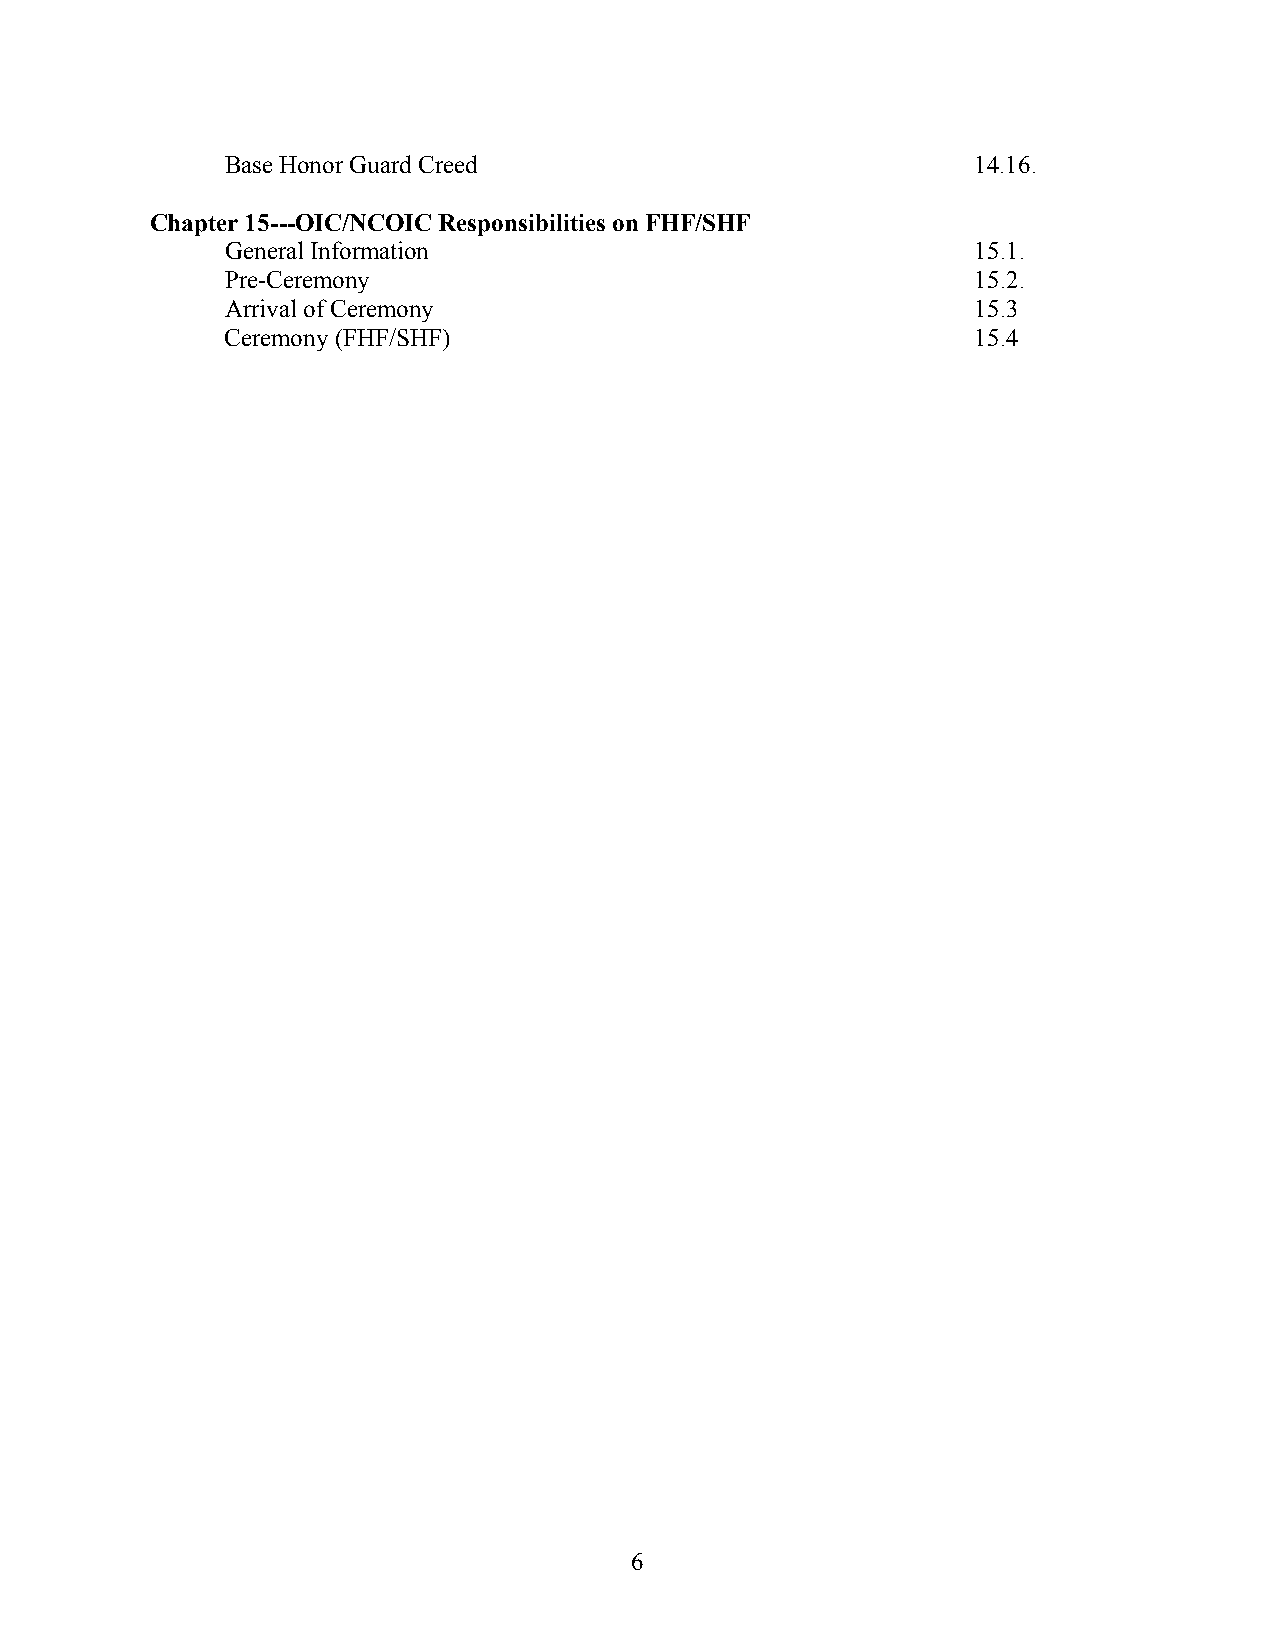
Base Honor Guard Creed                            14.16.
 Chapter 15---OIC/NCOIC Responsibilities on FHF/SHF
 General Information                               15.1.
 Pre-Ceremony                                      15.2.
 Arrival of Ceremony                               15.3
 Ceremony (FHF/SHF)                                15.4
 6